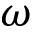
\omega